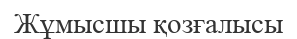
Жұмысшы қозғалысы